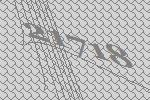
21718